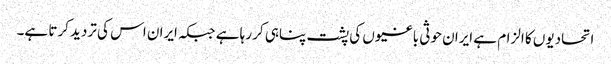
اتحادیوں کا الزام ہے ایران حوثی باغیوں کی پشت پناہی کر رہا ہے جبکہ ایران اس کی تردید کرتا ہے۔